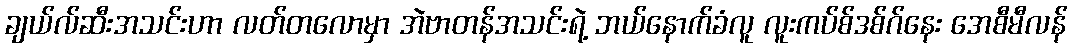
ချယ်လ်ဆီးအသင်းဟာ လတ်တလောမှာ အဲဗာတန်အသင်းရဲ့ ဘယ်နောက်ခံလူ လူးကပ်စ်ဒစ်ဂ်နေး အေစီမီလန်